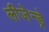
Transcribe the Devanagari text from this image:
लीजेन्ड्रे